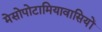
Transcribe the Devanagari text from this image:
मेसोपोटामियावासियों